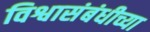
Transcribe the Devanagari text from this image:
विश्वासंबंधीच्या